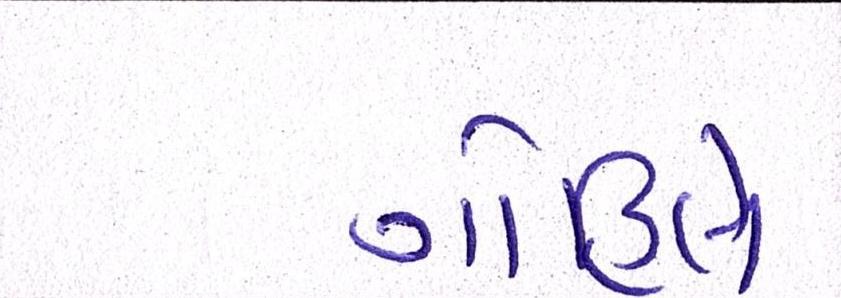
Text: ગોહિલે